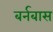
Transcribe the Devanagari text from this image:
बर्नबास